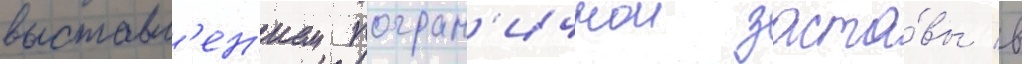
выставл'ен'ием погран'ичнои заста́вы в